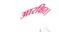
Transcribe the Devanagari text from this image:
आरक्षित।